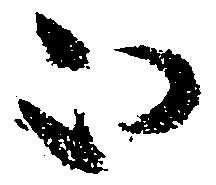
被